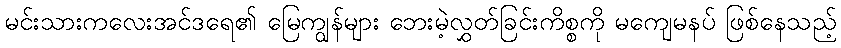
မင်းသားကလေးအင်ဒရေ၏ မြေကျွန်များ ဘေးမဲ့လွှတ်ခြင်းကိစ္စကို မကျေမနပ် ဖြစ်နေသည့်